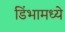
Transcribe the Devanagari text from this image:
डिंभामध्ये